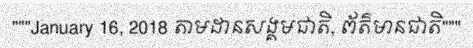
"""January 16, 2018 តាមដានសង្គមជាតិ, ព័ត៌មានជាតិ"""